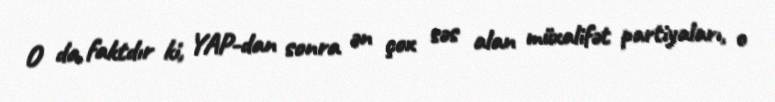
O da faktdır ki, YAP-dan sonra ən çox səs alan müxalifət partiyaları, o